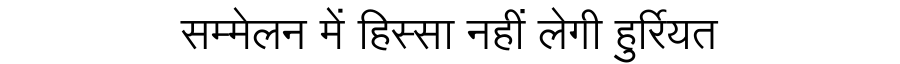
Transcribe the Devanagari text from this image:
सम्मेलन में हिस्सा नहीं लेगी हुर्रियत